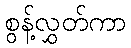
စွန့်လွှတ်ကာ